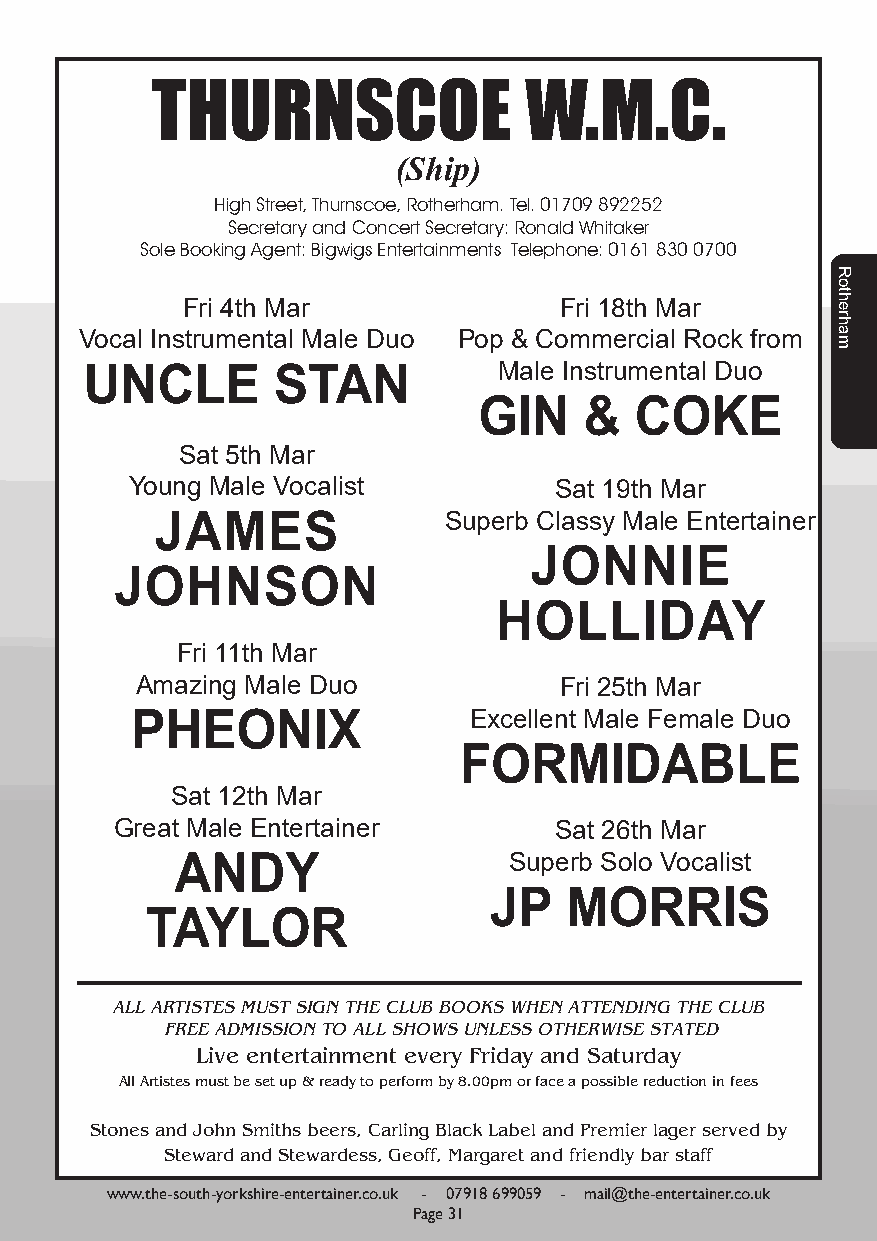
THURNSCOE                W.M.C.
 (Ship)
 High Street, Thurnscoe, Rotherham. Tel. 01709 892252
 Secretary and Concert Secretary: Ronald Whitaker
 Sole Booking Agent: Bigwigs Entertainments Telephone: 0161 830 0700
 Fri 4th Mar              Fri 18th Mar
 Vocal Instrumental Male Duo Pop & Commercial Rock from
 Male Instrumental Duo
 UNCLE       STAN
 GIN    &  COKE
 Sat 5th Mar
 Young Male Vocalist         Sat 19th Mar
 JAMES              Superb Classy Male Entertainer
 JONNIE
 JOHNSON
 HOLLIDAY
 Fri 11th Mar
 Amazing Male Duo            Fri 25th Mar
 PHEONIX               Excellent Male Female Duo
 FORMIDABLE
 Sat 12th Mar
 Great Male Entertainer       Sat 26th Mar
 ANDY                  Superb Solo Vocalist
 JP   MORRIS
 TAYLOR
 ALL ARTISTES MUST SIGN THE CLUB BOOKS WHEN ATTENDING THE CLUB
 FREE ADMISSION TO ALL SHOWS UNLESS OTHERWISE STATED
 Live entertainment every Friday and Saturday
 All Artistes must be set up & ready to perform by 8.00pm or face a possible reduction in fees
 Stones and John Smiths beers, Carling Black Label and Premier lager served by
 Steward and Stewardess, Geoff, Margaret and friendly bar staff
 www.the-south-yorkshire-entertainer.co.uk - 07918 699059 - mail@the-entertainer.co.uk
 Page 31
 Rotherham